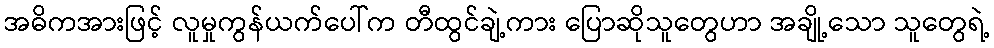
အဓိကအားဖြင့် လူမှုကွန်ယက်ပေါ်က တီထွင်ချဲ့ကား ပြောဆိုသူတွေဟာ အချို့သော သူတွေရဲ့